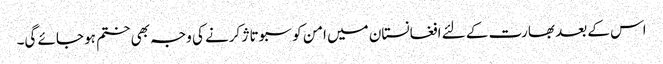
اس کے بعد بھارت کے لئے افغانستان میں امن کو سبوتاژ کرنے کی وجہ بھی ختم ہو جائے گی۔